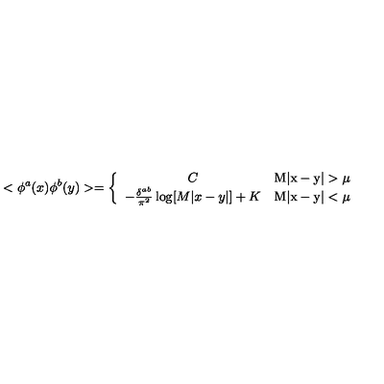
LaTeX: < \phi ^ { a } ( x ) \phi ^ { b } ( y ) > = \left\{ \begin{array} { c c } { C } & { \mathrm { M | x - y | > \mu } } \\ { - \frac { \delta ^ { a b } } { \pi ^ { 2 } } \log [ M | x - y | ] + K } & { \mathrm { M | x - y | < \mu } } \\ \end{array} \right.